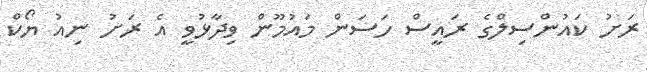
ރަށު ކައުންސިލްގެ ރައީސް ހަސަން މައުމޫން ވިދާޅުވީ އެ ރަށު ނިއު ޔޯކް